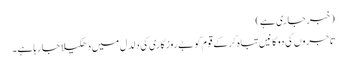
(خبر جاری ہے)
تاجروں کی دوکانیں تباہ کر کے قوم کو بے روزگاری کی دلدل میں دھکیلا جا رہاہے ۔